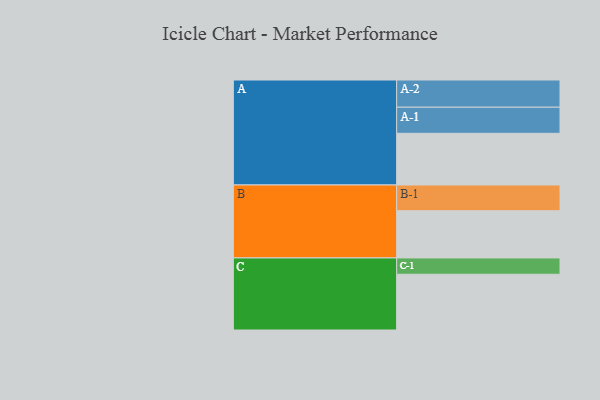
{"axis": {"x": "Segment", "y": "Value"}, "legend": ["", "A", "B", "C"], "data": [{"x": "A", "y": 507, "type": ""}, {"x": "B", "y": 463, "type": ""}, {"x": "C", "y": 547, "type": ""}, {"x": "A-1", "y": 256, "type": "A"}, {"x": "A-2", "y": 267, "type": "A"}, {"x": "B-1", "y": 253, "type": "B"}, {"x": "C-1", "y": 160, "type": "C"}]}